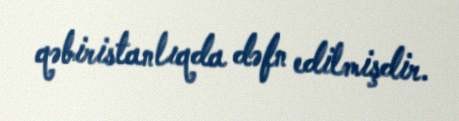
qəbiristanlıqda dəfn edilmişdir.